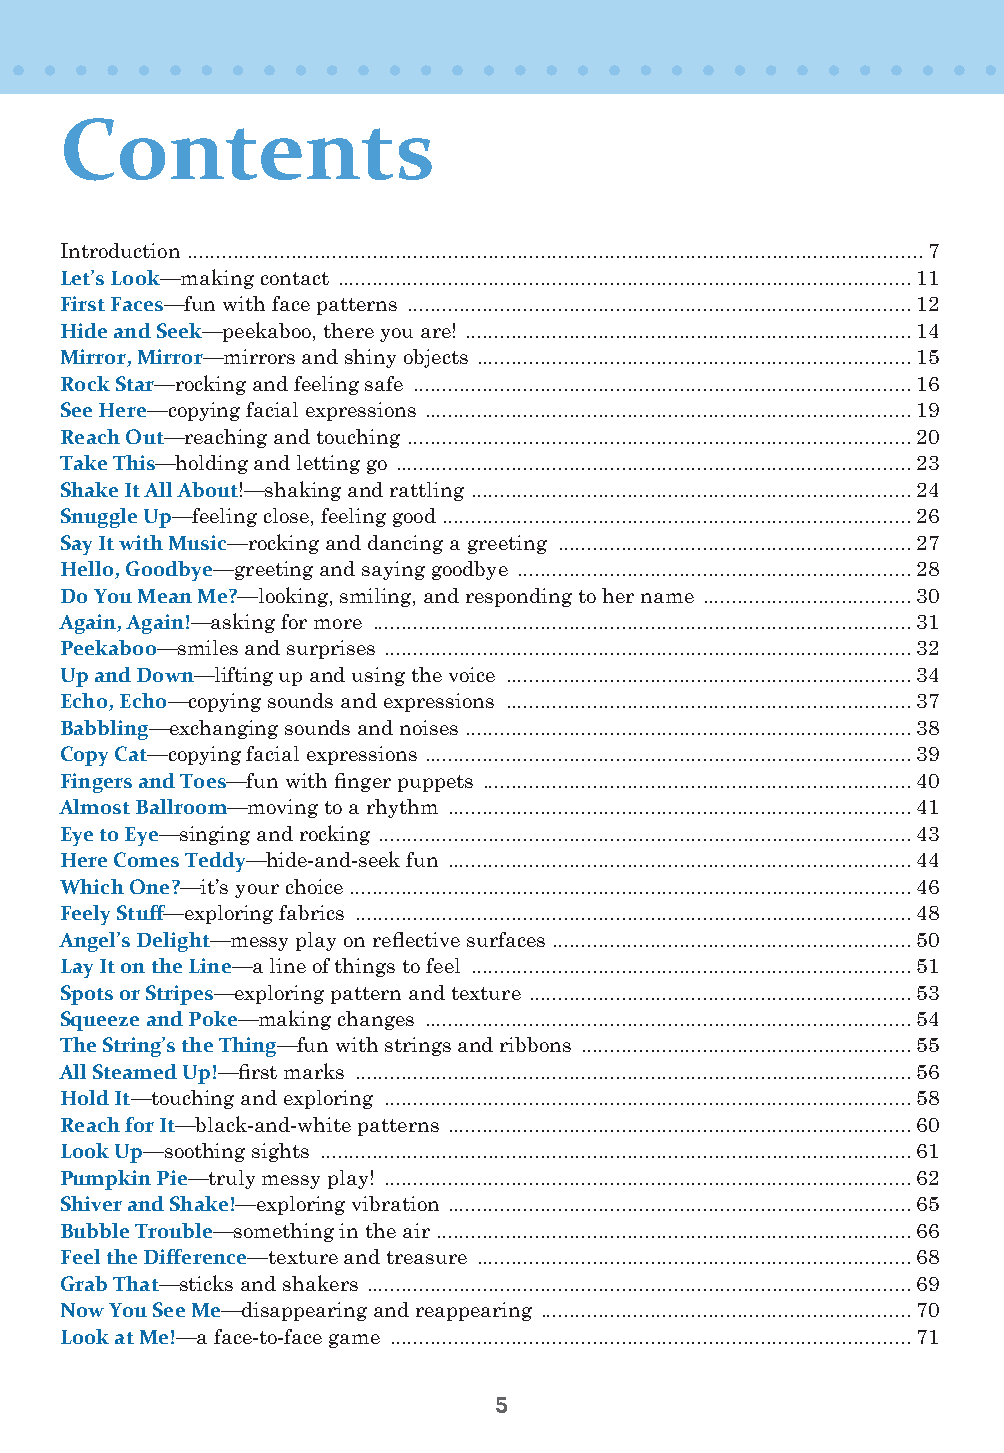
Contents
 Introduction ...............................................................................................................................7
 Let’s Look—making contact ...................................................................................................11
 First Faces—fun with face patterns .......................................................................................12
 Hide and Seek—peekaboo, there you are! .............................................................................14
 Mirror, Mirror—mirrors and shiny objects ...........................................................................15
 Rock Star—rocking and feeling safe ......................................................................................16
 See Here—copying facial expressions ....................................................................................19
 Reach Out—reaching and touching .......................................................................................20
 Take This—holding and letting go .........................................................................................23
 Shake It All About!—shaking and rattling ............................................................................24
 Snuggle Up—feeling close, feeling good .................................................................................26
 Say It with Music—rocking and dancing a greeting .............................................................27
 Hello, Goodbye—greeting and saying goodbye ....................................................................28
 Do You Mean Me?—looking, smiling, and responding to her name ....................................30
 Again, Again!—asking for more .............................................................................................31
 Peekaboo—smiles and surprises ...........................................................................................32
 Up and Down—lifting up and using the voice ......................................................................34
 Echo, Echo—copying sounds and expressions ......................................................................37
 Babbling—exchanging sounds and noises .............................................................................38
 Copy Cat—copying facial expressions ....................................................................................39
 Fingers and Toes—fun with finger puppets ..........................................................................40
 Almost Ballroom—moving to a rhythm ................................................................................41
 Eye to Eye—singing and rocking ............................................................................................43
 Here Comes Teddy—hide-and-seek fun ................................................................................44
 Which One?—it’s your choice .................................................................................................46
 Feely Stuff—exploring fabrics ................................................................................................48
 Angel’s Delight—messy play on reflective surfaces ..............................................................50
 Lay It on the Line—a line of things to feel ............................................................................51
 Spots or Stripes—exploring pattern and texture ..................................................................53
 Squeeze and Poke—making changes ....................................................................................54
 The String’s the Thing—fun with strings and ribbons .........................................................55
 All Steamed Up!—first marks ................................................................................................56
 Hold It—touching and exploring ...........................................................................................58
 Reach for It—black-and-white patterns ................................................................................60
 Look Up—soothing sights ......................................................................................................61
 Pumpkin Pie—truly messy play! ...........................................................................................62
 Shiver and Shake!—exploring vibration ................................................................................65
 Bubble Trouble—something in the air ..................................................................................66
 Feel the Difference—texture and treasure ...........................................................................68
 Grab That—sticks and shakers ..............................................................................................69
 Now You See Me—disappearing and reappearing ................................................................70
 Look at Me!—a face-to-face game ..........................................................................................71
 5
 50FunBabies_FNL.indd 5                                    1/4/13 10:11 AM